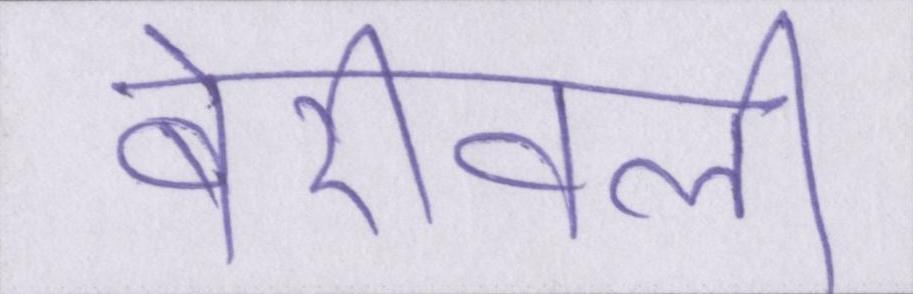
बोरिवली